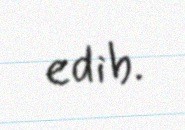
edib.